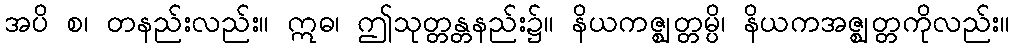
အပိ စ၊ တနည်းလည်း။ ဣဓ၊ ဤသုတ္တန္တနည်း၌။ နိယကဇ္ဈတ္တမ္ပိ၊ နိယကအဇ္ဈတ္တကိုလည်း။